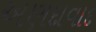
અણદાવાદ